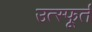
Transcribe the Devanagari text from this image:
उत्‍स्फूर्त